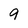
Character: 9